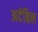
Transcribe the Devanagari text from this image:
अर्दबिल